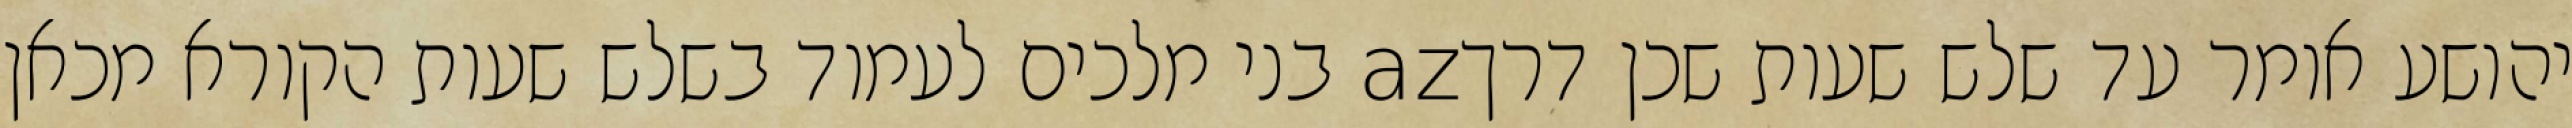
יהושע אומר עד שלש שעות שכן דרךaz בני מלכים לעמוד בשלש שעות הקורא מכאן